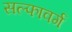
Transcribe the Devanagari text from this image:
सल्फावर्ग